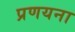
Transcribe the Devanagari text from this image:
प्रणयना